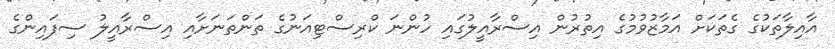
އާއިލާތަކުގެ ގެތަކަށް އަމާޒުވުމުގެ އިތުރުން އިސްރާއީލުގައި ހުންނަ ކްރިސްޓިއަނުގެ ތަންތަނަށާއި އިސްރާއީލު ސިފައިންގެ